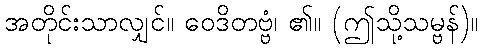
အတိုင်းသာလျှင်။ ဝေဒိတဗ္ဗံ၊ ၏။ (ဤသို့သမ္ဗန်)။